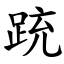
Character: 䟲